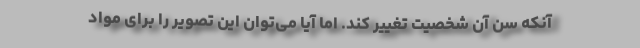
آنکه سن آن شخصیت تغییر کند. اما آیا می‌توان این تصویر را برای مواد